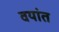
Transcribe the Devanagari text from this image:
वयांत